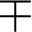
\mp